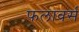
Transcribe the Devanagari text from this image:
फलावर्स